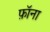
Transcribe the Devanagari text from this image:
फ़ॉना